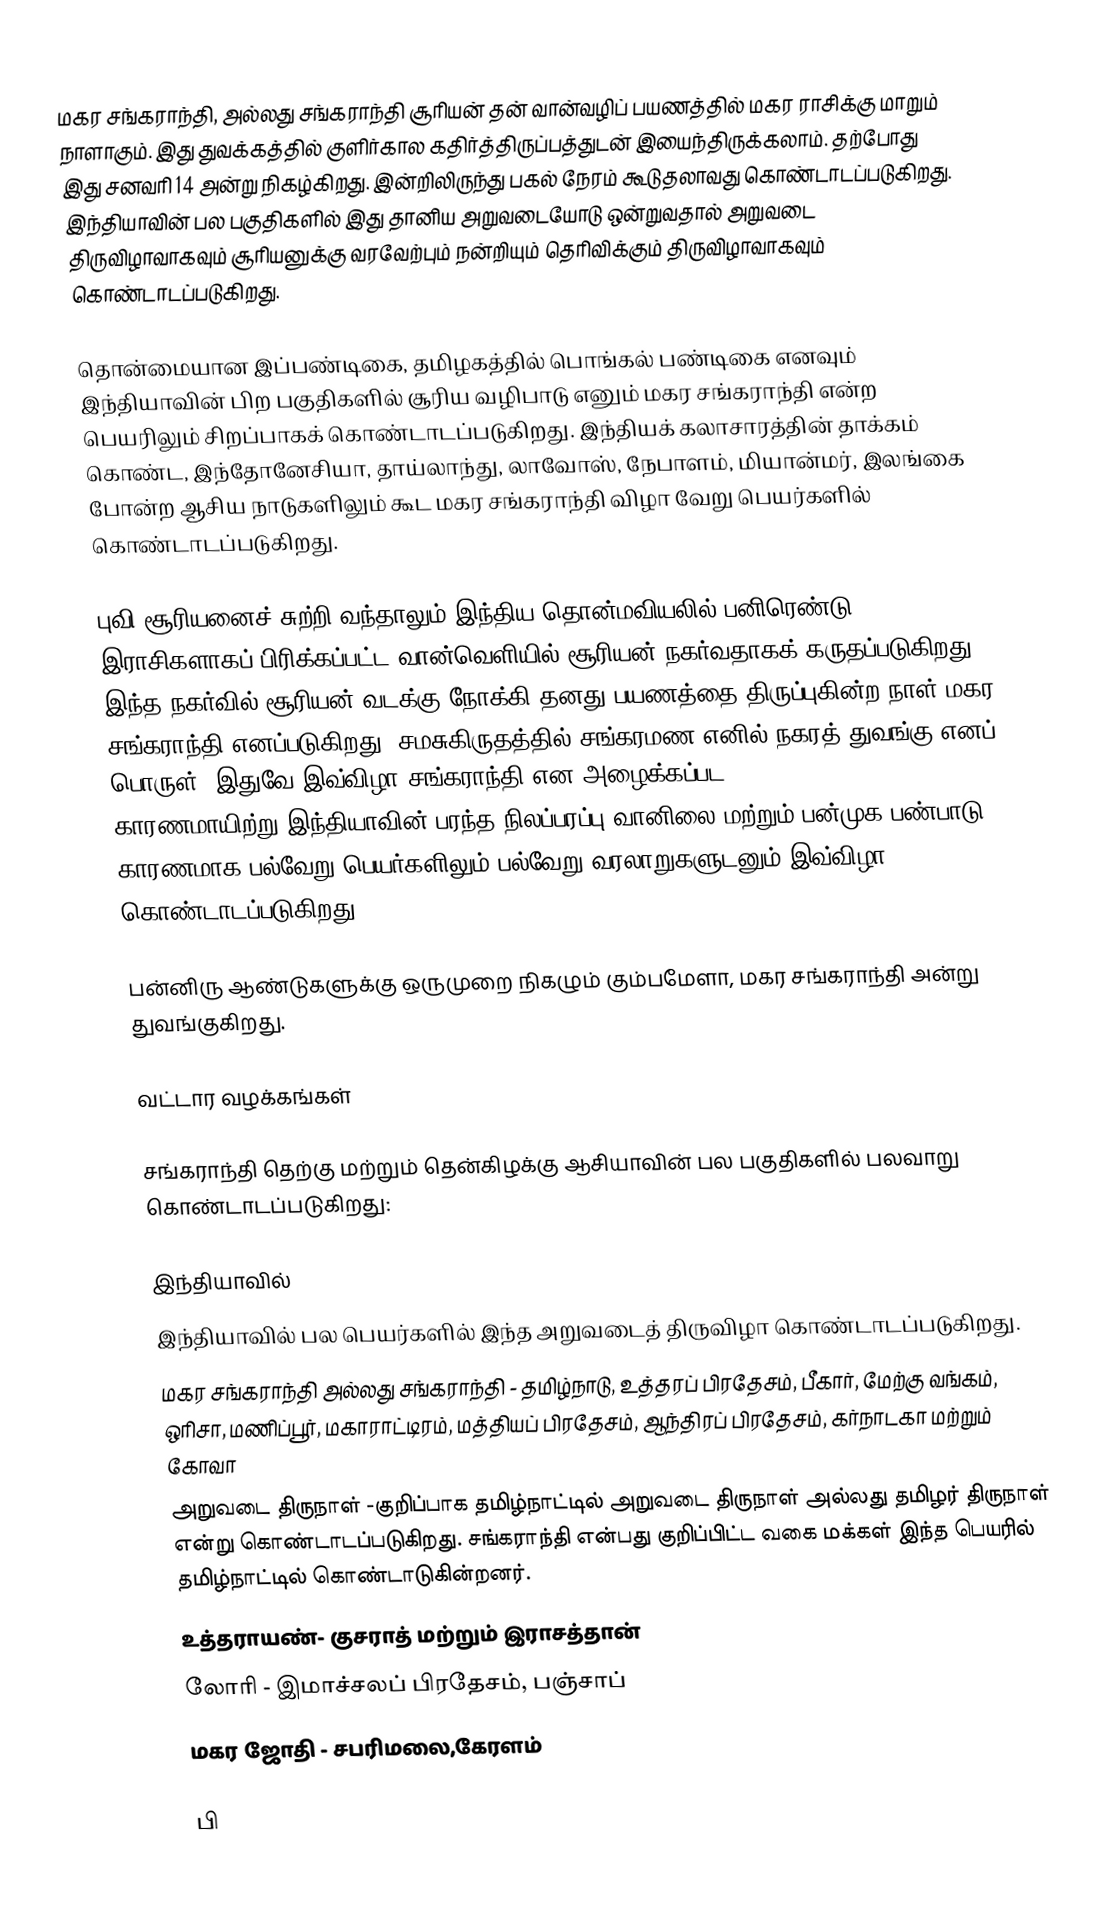
மகர சங்கராந்தி, அல்லது சங்கராந்தி சூரியன் தன் வான்வழிப் பயணத்தில் மகர ராசிக்கு மாறும் நாளாகும். இது துவக்கத்தில் குளிர்கால கதிர்த்திருப்பத்துடன் இயைந்திருக்கலாம். தற்போது  இது சனவரி 14 அன்று நிகழ்கிறது. இன்றிலிருந்து பகல் நேரம் கூடுதலாவது கொண்டாடப்படுகிறது. இந்தியாவின் பல பகுதிகளில் இது தானிய அறுவடையோடு ஒன்றுவதால் அறுவடை திருவிழாவாகவும் சூரியனுக்கு வரவேற்பும் நன்றியும் தெரிவிக்கும் திருவிழாவாகவும் கொண்டாடப்படுகிறது.

தொன்மையான இப்பண்டிகை, தமிழகத்தில் பொங்கல் பண்டிகை எனவும் இந்தியாவின் பிற பகுதிகளில் சூரிய வழிபாடு எனும் மகர சங்கராந்தி என்ற பெயரிலும் சிறப்பாகக் கொண்டாடப்படுகிறது. இந்தியக் கலாசாரத்தின் தாக்கம் கொண்ட, இந்தோனேசியா, தாய்லாந்து, லாவோஸ், நேபாளம், மியான்மர், இலங்கை போன்ற ஆசிய நாடுகளிலும் கூட மகர சங்கராந்தி விழா வேறு பெயர்களில் கொண்டாடப்படுகிறது.

புவி சூரியனைச் சுற்றி வந்தாலும் இந்திய தொன்மவியலில் பனிரெண்டு இராசிகளாகப் பிரிக்கப்பட்ட வான்வெளியில் சூரியன் நகர்வதாகக் கருதப்படுகிறது. இந்த நகர்வில் சூரியன் வடக்கு நோக்கி தனது பயணத்தை திருப்புகின்ற நாள் மகர சங்கராந்தி எனப்படுகிறது. சமசுகிருதத்தில் சங்கரமண எனில் நகரத் துவங்கு எனப் பொருள். இதுவே இவ்விழா சங்கராந்தி என அழைக்கப்பட காரணமாயிற்று.இந்தியாவின் பரந்த நிலப்பரப்பு,வானிலை மற்றும் பன்முக பண்பாடு காரணமாக பல்வேறு பெயர்களிலும் பல்வேறு வரலாறுகளுடனும் இவ்விழா கொண்டாடப்படுகிறது.

பன்னிரு ஆண்டுகளுக்கு ஒருமுறை நிகழும் கும்பமேளா, மகர சங்கராந்தி அன்று துவங்குகிறது.

வட்டார வழக்கங்கள்

சங்கராந்தி தெற்கு மற்றும் தென்கிழக்கு ஆசியாவின் பல பகுதிகளில் பலவாறு கொண்டாடப்படுகிறது:

இந்தியாவில்
இந்தியாவில் பல பெயர்களில் இந்த அறுவடைத் திருவிழா  கொண்டாடப்படுகிறது.
 மகர சங்கராந்தி அல்லது சங்கராந்தி - தமிழ்நாடு,  உத்தரப் பிரதேசம், பீகார், மேற்கு வங்கம், ஒரிசா, மணிப்பூர், மகாராட்டிரம், மத்தியப் பிரதேசம், ஆந்திரப் பிரதேசம், கர்நாடகா மற்றும் கோவா
அறுவடை திருநாள் -குறிப்பாக தமிழ்நாட்டில் அறுவடை திருநாள் அல்லது தமிழர் திருநாள் என்று கொண்டாடப்படுகிறது. சங்கராந்தி என்பது குறிப்பிட்ட வகை மக்கள் இந்த பெயரில் தமிழ்நாட்டில் கொண்டாடுகின்றனர்.
 உத்தராயண்- குசராத் மற்றும் இராசத்தான்
 லோரி - இமாச்சலப் பிரதேசம், பஞ்சாப்
 மகர ஜோதி - சபரிமலை,கேரளம்

பி